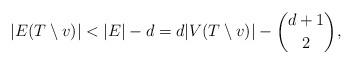
LaTeX: \begin{align*}|E(T\setminus v)| < |E| - d = d|V(T\setminus v)| - \binom{d+1}{2},\end{align*}